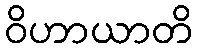
ဝိဟာယာတိ